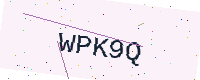
Text: WPK9Q